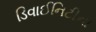
ડિવાઈનિટીના